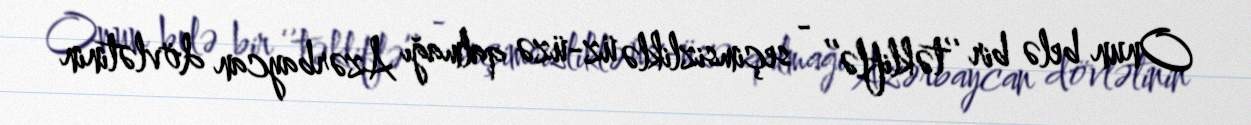
Onun belə bir ‘’təkliflə’’ - seçimsizliklə üz-üzə qalmağı Azərbaycan dövlətinin